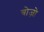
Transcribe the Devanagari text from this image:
बोज़ो